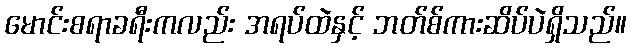
မောင်းစရာခရီးကလည်း အရပ်ထဲနှင့် ဘတ်စ်ကားဆိပ်ပဲရှိသည်။